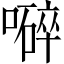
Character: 𡀬